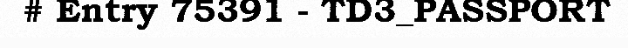
# Entry 75391 - TD3_PASSPORT